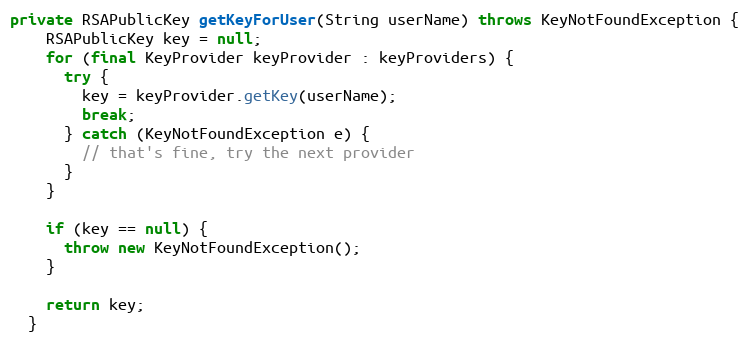
Language: Java
private RSAPublicKey getKeyForUser(String userName) throws KeyNotFoundException {
    RSAPublicKey key = null;
    for (final KeyProvider keyProvider : keyProviders) {
      try {
        key = keyProvider.getKey(userName);
        break;
      } catch (KeyNotFoundException e) {
        // that's fine, try the next provider
      }
    }

    if (key == null) {
      throw new KeyNotFoundException();
    }

    return key;
  }